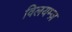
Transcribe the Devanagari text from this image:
विलयम्ज़